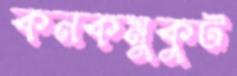
কনকমুকুট